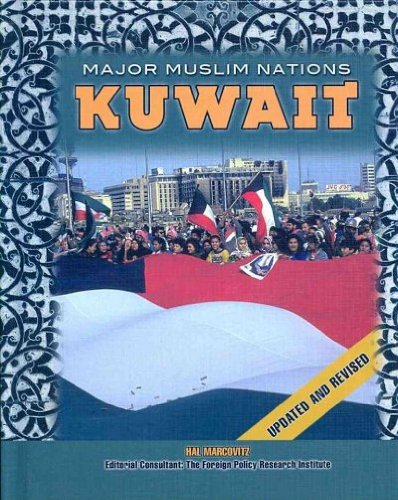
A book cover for Kuwait (Major Muslim Nations); Hal Marcovitz; History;